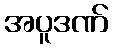
အပူဒဏ်